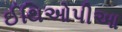
ઈથિઓપીઆ